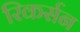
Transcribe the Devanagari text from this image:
रिकर्सन